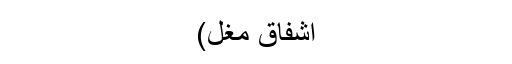
اشفاق مغل)